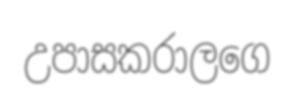
උපාසකරාලගෙ